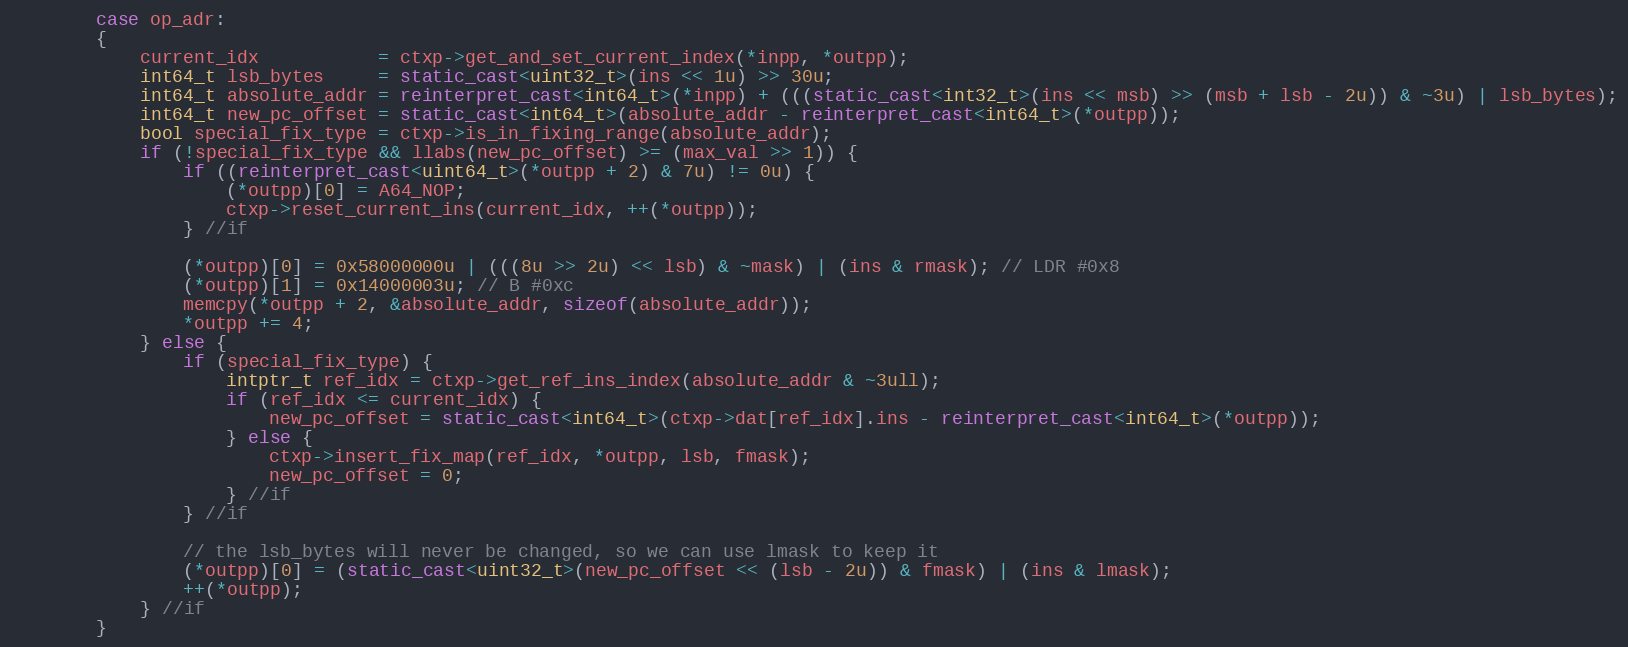
Language: C++
        case op_adr:
        {
            current_idx           = ctxp->get_and_set_current_index(*inpp, *outpp);
            int64_t lsb_bytes     = static_cast<uint32_t>(ins << 1u) >> 30u;
            int64_t absolute_addr = reinterpret_cast<int64_t>(*inpp) + (((static_cast<int32_t>(ins << msb) >> (msb + lsb - 2u)) & ~3u) | lsb_bytes);
            int64_t new_pc_offset = static_cast<int64_t>(absolute_addr - reinterpret_cast<int64_t>(*outpp));
            bool special_fix_type = ctxp->is_in_fixing_range(absolute_addr);
            if (!special_fix_type && llabs(new_pc_offset) >= (max_val >> 1)) {
                if ((reinterpret_cast<uint64_t>(*outpp + 2) & 7u) != 0u) {
                    (*outpp)[0] = A64_NOP;
                    ctxp->reset_current_ins(current_idx, ++(*outpp));
                } //if

                (*outpp)[0] = 0x58000000u | (((8u >> 2u) << lsb) & ~mask) | (ins & rmask); // LDR #0x8
                (*outpp)[1] = 0x14000003u; // B #0xc
                memcpy(*outpp + 2, &absolute_addr, sizeof(absolute_addr));
                *outpp += 4;
            } else {
                if (special_fix_type) {
                    intptr_t ref_idx = ctxp->get_ref_ins_index(absolute_addr & ~3ull);
                    if (ref_idx <= current_idx) {
                        new_pc_offset = static_cast<int64_t>(ctxp->dat[ref_idx].ins - reinterpret_cast<int64_t>(*outpp));
                    } else {
                        ctxp->insert_fix_map(ref_idx, *outpp, lsb, fmask);
                        new_pc_offset = 0;
                    } //if
                } //if

                // the lsb_bytes will never be changed, so we can use lmask to keep it
                (*outpp)[0] = (static_cast<uint32_t>(new_pc_offset << (lsb - 2u)) & fmask) | (ins & lmask);
                ++(*outpp);
            } //if
        }